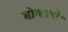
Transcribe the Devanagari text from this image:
बोव्हाचे